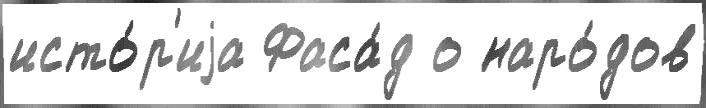
исто́р'иjа Фаса́д о наро́дов